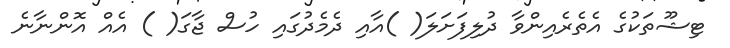
ޓިޝޫތަކުގެ އެތެރެއިންވާ ދުލިފަށަލަ( )އާއި ދެމެދުގައި ހުސް ޖާގަ( ) އެއް އޮންނާނެ